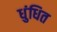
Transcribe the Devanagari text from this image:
धुंधित